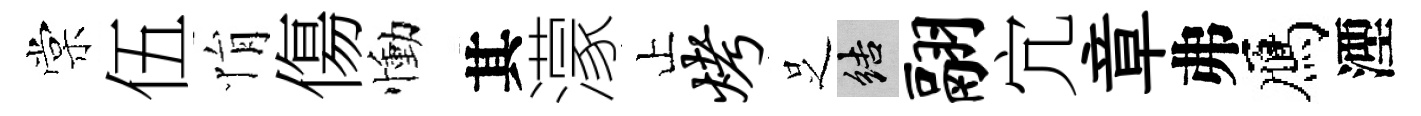
棠伍悁傷慟其濛止烤𠯁結翮宂章弗鴈湮